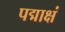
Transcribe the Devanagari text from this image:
पद्माक्षं